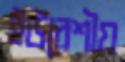
ইউরেশীয়